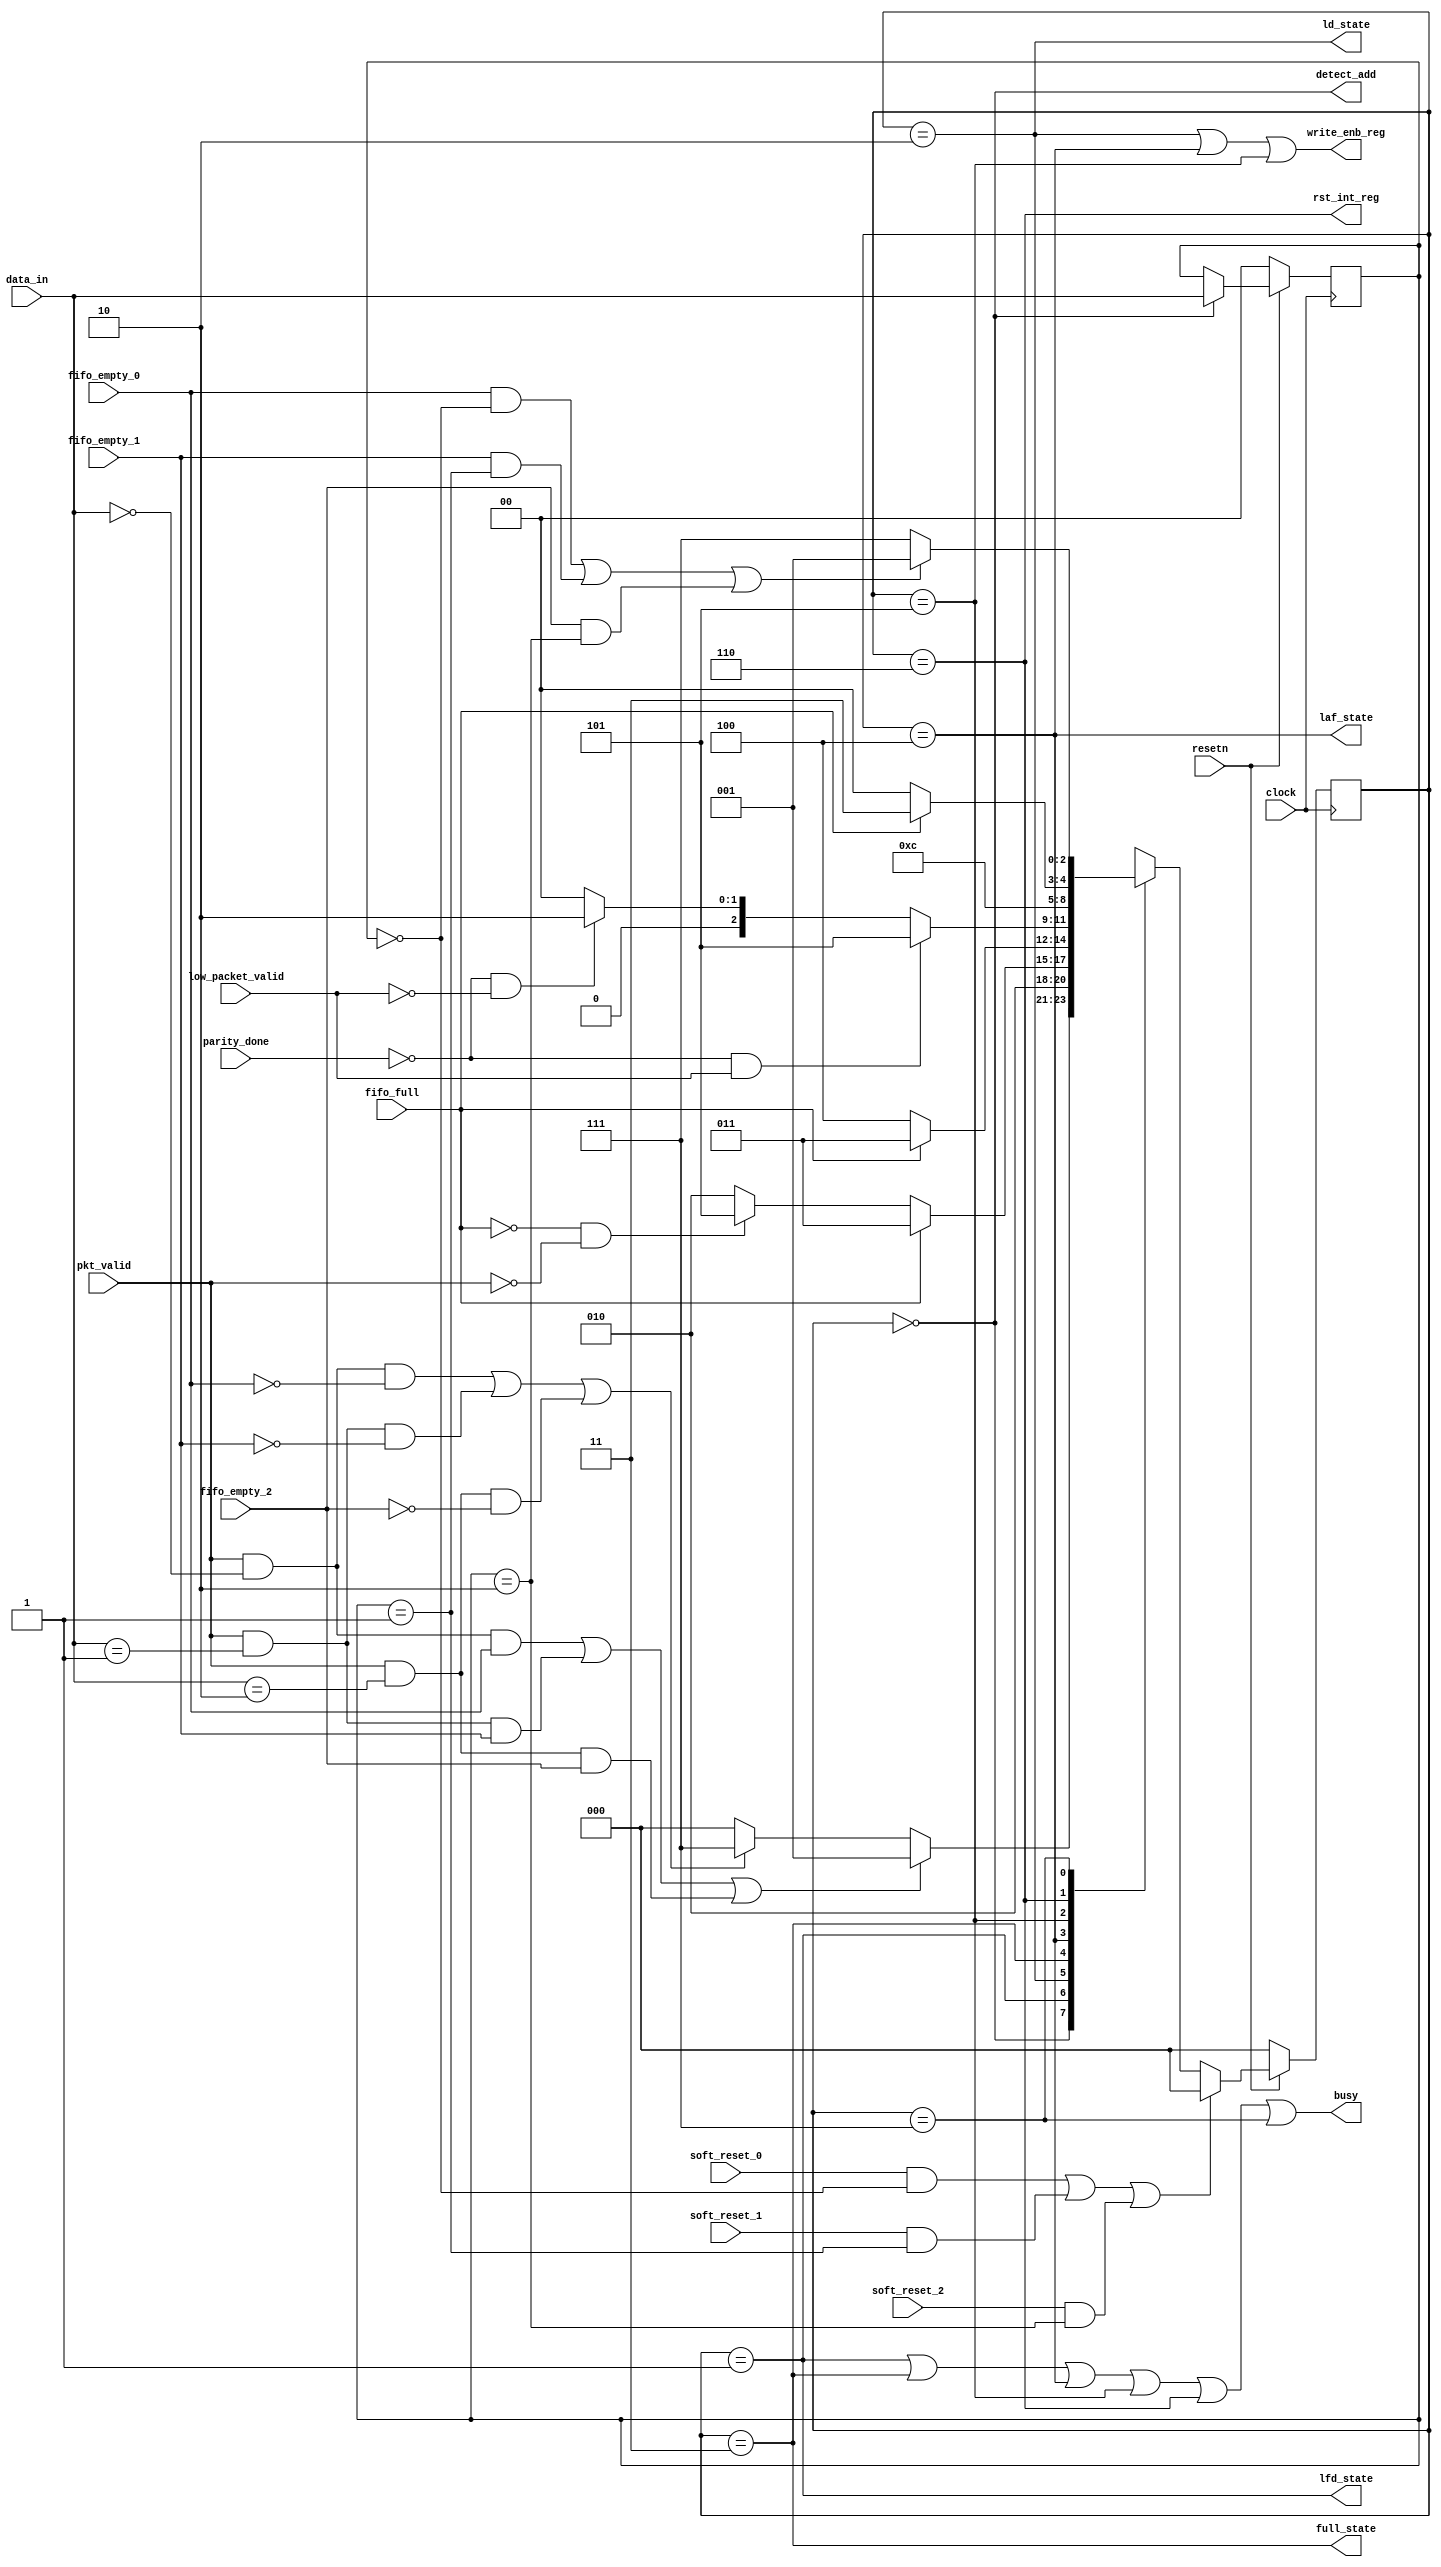
module router_fsm(clock,resetn,pkt_valid,data_in,fifo_full,fifo_empty_0,fifo_empty_1,fifo_empty_2,soft_reset_0,soft_reset_1,soft_reset_2,parity_done,low_packet_valid,write_enb_reg,detect_add,ld_state,laf_state,lfd_state,full_state,rst_int_reg,busy);
     input clock,resetn,pkt_valid,fifo_full,fifo_empty_0,fifo_empty_1,fifo_empty_2,soft_reset_0,soft_reset_1,soft_reset_2,parity_done,low_packet_valid;
     input [1:0]data_in;
     output write_enb_reg,detect_add,ld_state,laf_state,lfd_state,full_state,rst_int_reg,busy;
parameter 
          DECODE_ADDRESS = 3'b000,
          LOAD_FIRST_DATA = 3'b001,
          LOAD_DATA = 3'b010,
          FIFO_FULL_STATE = 3'b011,
          LOAD_AFTER_FULL = 3'b100,
          LOAD_PARITY = 3'b101,
          CHECK_PARITY_ERROR = 3'b110,
          WAIT_TILL_EMPTY = 3'b111;

reg [2:0]state,next_state;
reg [1:0]temp;

always@(posedge clock)
      begin
          if(~resetn)
               temp<=2'b0;
          else if(detect_add)
               temp<=data_in;
      end  

always@(posedge clock)
      begin
                 if(!resetn)
                     state<= DECODE_ADDRESS;
                 else if((soft_reset_0 && (temp==2'b00)) || (soft_reset_1 && (temp==2'b01)) || (soft_reset_2 && (temp==2'b10)))
                     state<= DECODE_ADDRESS;
                 else
                     state<= next_state;  
      end

always@(*)
      begin
           next_state= DECODE_ADDRESS;
            case(state)
               DECODE_ADDRESS :    
                                  if((pkt_valid && (data_in[1:0]==2'b00)) && fifo_empty_0 || (pkt_valid && (data_in[1:0]==2'b01)) && fifo_empty_1 || (pkt_valid && (data_in[1:0]==2'b10)) && fifo_empty_2)
                                         next_state=LOAD_FIRST_DATA;
                                  else if((pkt_valid && (data_in[1:0]==2'b00)) && ~fifo_empty_0 || (pkt_valid && (data_in[1:0]==2'b01)) && ~fifo_empty_1 || (pkt_valid && (data_in[1:0]==2'b10)) && ~fifo_empty_2)
                                         next_state=WAIT_TILL_EMPTY;
                                  else
                                         next_state=DECODE_ADDRESS;
  
               LOAD_FIRST_DATA :        
                                         next_state=LOAD_DATA; 
                                         

               LOAD_DATA :       
                                 if(fifo_full==1)
                                         next_state=FIFO_FULL_STATE;
                                  else if(fifo_full==0 && pkt_valid==0)
                                         next_state=LOAD_PARITY;
                                  else
                                        next_state=LOAD_DATA;
                                 

              FIFO_FULL_STATE :    
                                  if(fifo_full==0)
                                         next_state=LOAD_AFTER_FULL;
                                  else
                                         next_state=FIFO_FULL_STATE;
                                 

              LOAD_AFTER_FULL :   
                                  if(parity_done==0 && low_packet_valid==1)
                                         next_state=LOAD_PARITY;
                                  else if(parity_done==0 && low_packet_valid==0)
                                         next_state=LOAD_DATA;
                                  else if(parity_done==1)
                                         next_state=DECODE_ADDRESS;
                                  

             LOAD_PARITY :             
                                    next_state=CHECK_PARITY_ERROR;
                                         
 
             CHECK_PARITY_ERROR :   
                                  if(fifo_full==1)
                                        next_state=FIFO_FULL_STATE;
                                  else
                                        next_state=DECODE_ADDRESS;
                                   

             WAIT_TILL_EMPTY :    
                                 if((fifo_empty_0 && (temp==2'b00)) || (fifo_empty_1 && (temp==2'b01)) || (fifo_empty_2 && (temp==2'b10)))
                                        next_state=LOAD_FIRST_DATA;
                                 else
                                        next_state=WAIT_TILL_EMPTY;
                                  

            default :                  
                                next_state=DECODE_ADDRESS;
                                        
       endcase
   end

assign write_enb_reg = ((state == LOAD_DATA) || (state == LOAD_AFTER_FULL) || (state == LOAD_PARITY));
assign detect_add = (state == DECODE_ADDRESS);
assign ld_state = (state == LOAD_DATA);
assign laf_state = (state == LOAD_AFTER_FULL);
assign lfd_state = (state == LOAD_FIRST_DATA);
assign full_state = (state == FIFO_FULL_STATE);
assign rst_int_reg = (state == CHECK_PARITY_ERROR);
assign busy = ((state == LOAD_FIRST_DATA) || (state == FIFO_FULL_STATE) || (state == LOAD_AFTER_FULL) || (state ==  LOAD_PARITY) || (state ==  CHECK_PARITY_ERROR) || (state == WAIT_TILL_EMPTY));

endmodule